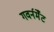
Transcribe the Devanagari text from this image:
गवर्नमेँट